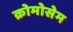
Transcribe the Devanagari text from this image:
क्रोमोसेम